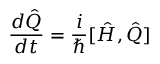
{ \frac { d { \hat { Q } } } { d t } } = { \frac { i } { \hbar } } [ { \hat { H } } , { \hat { Q } } ]